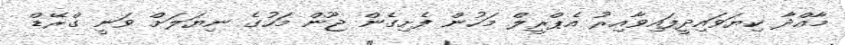
މާއްދާ ކިޔަވައިދީފައިވާއިރު އެޕްރީލް މަހުން ފެށިގެން ޖޫން މަހުގެ ނިޔަލަށް ވަނީ ގްރޭޑް